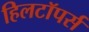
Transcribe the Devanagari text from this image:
हिलटॉपर्स